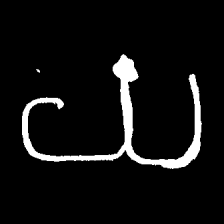
Pyu character \u2014 Myanmar letter: ယ (romanized: ya)